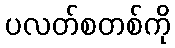
ပလတ်စတစ်ကို